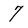
Character: 7